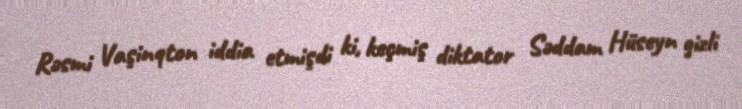
Rəsmi Vaşinqton iddia etmişdi ki, keçmiş diktator Səddam Hüseyn gizli